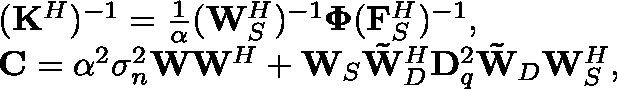
\begin{array} { r l } & { ( \mathbf { K } ^ { H } ) ^ { - 1 } = \frac { 1 } { \alpha } ( \mathbf { W } _ { S } ^ { H } ) ^ { - 1 } \mathbf { \Phi } ( \mathbf { F } _ { S } ^ { H } ) ^ { - 1 } , } \\ & { \mathbf { C } = \alpha ^ { 2 } \sigma _ { n } ^ { 2 } \mathbf { W } \mathbf { W } ^ { H } + \mathbf { W } _ { S } \mathbf { \tilde { W } } _ { D } ^ { H } \mathbf { D } _ { q } ^ { 2 } \mathbf { \tilde { W } } _ { D } \mathbf { W } _ { S } ^ { H } , } \end{array}